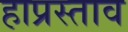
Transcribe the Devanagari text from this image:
हाप्रस्ताव